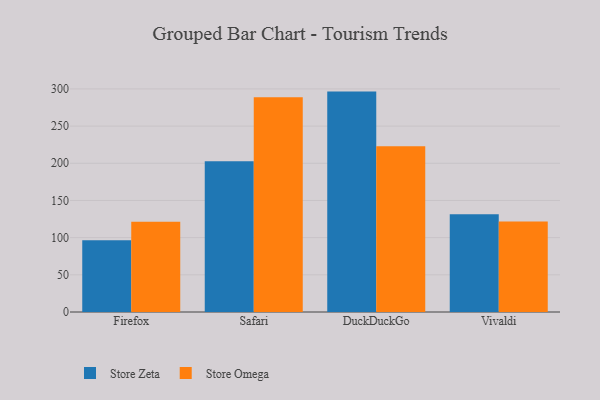
{"axis": {"x": "Browser", "y": "Conversion Rate (%)"}, "legend": ["Store Omega", "Store Zeta"], "data": [{"x": "Firefox", "y": 96.5, "type": "Store Zeta"}, {"x": "Firefox", "y": 121.4, "type": "Store Omega"}, {"x": "Safari", "y": 202.6, "type": "Store Zeta"}, {"x": "Safari", "y": 288.7, "type": "Store Omega"}, {"x": "DuckDuckGo", "y": 296.4, "type": "Store Zeta"}, {"x": "DuckDuckGo", "y": 222.9, "type": "Store Omega"}, {"x": "Vivaldi", "y": 131.5, "type": "Store Zeta"}, {"x": "Vivaldi", "y": 121.6, "type": "Store Omega"}]}